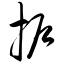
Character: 护